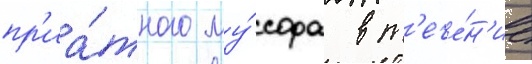
пр'иа́тного му́сора в т'ече́н'ие